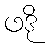
ဖဒို